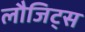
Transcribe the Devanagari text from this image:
लौजिट्स